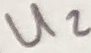
Text: U2